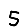
Digit: 5